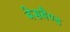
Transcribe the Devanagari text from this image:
बेसबैण्ड